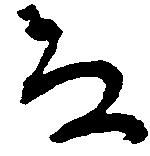
な